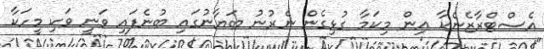
އެސްޓްރާޒެނެކާ އިން މިކަމާ ގުޅިގެން ނެރުނު ބަޔާނުގައި ބުނެފައި ވަނީ ވަކި މީހަކާ